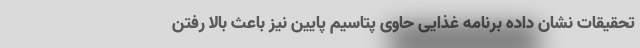
تحقیقات نشان داده برنامه غذایی حاوی پتاسیم پایین نیز باعث بالا رفتن